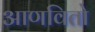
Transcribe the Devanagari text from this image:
आणवितो